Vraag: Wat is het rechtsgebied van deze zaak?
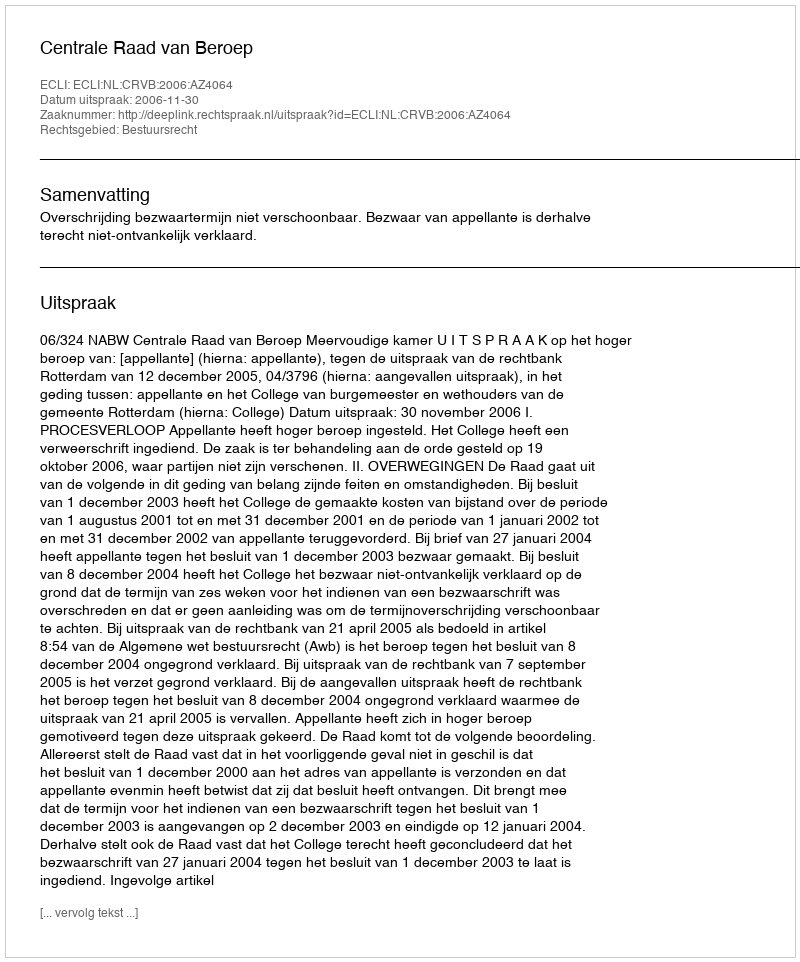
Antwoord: Bestuursrecht